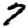
Digit: 7